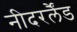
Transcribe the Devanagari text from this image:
नीदरर्लैंड